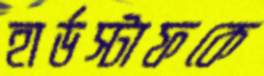
হার্ডস্টাফকে